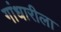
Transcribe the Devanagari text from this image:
गांधारीला